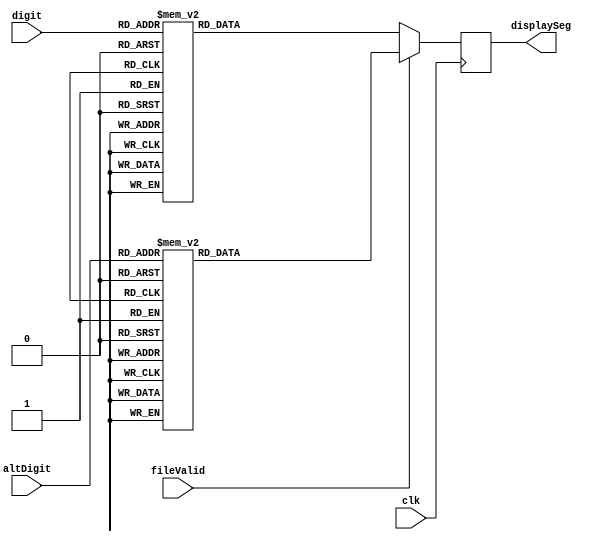
`timescale 1ns / 1ps
module segmentDisplay(input wire [2:0] digit, input [2:0] altDigit, input fileValid, input clk, output wire [7:0] displaySeg);

reg[7:0] sevenSegs;

always @(posedge clk) begin
if(fileValid) begin
	case(altDigit)
		4'h0: sevenSegs = 8'b11000000;
		 4'h1: sevenSegs = 8'b11111001;
		 4'h2: sevenSegs = 8'b10100100;
		 4'h3: sevenSegs = 8'b10110000;
		 4'h4: sevenSegs = 8'b10011001;
		 4'h5: sevenSegs = 8'b10010010;
		 4'h6: sevenSegs = 8'b10000010;
		 4'h7: sevenSegs = 8'b11111000;
		 default: begin
			$display("%b",altDigit);
			sevenSegs = 8'b11111111;
		 end
	endcase

end
else begin
	case(digit)
		4'h0: sevenSegs = 8'b11000000;
		 4'h1: sevenSegs = 8'b11111001;
		 4'h2: sevenSegs = 8'b10100100;
		 4'h3: sevenSegs = 8'b10110000;
		 4'h4: sevenSegs = 8'b10011001;
		 4'h5: sevenSegs = 8'b10010010;
		 4'h6: sevenSegs = 8'b10000010;
		 4'h7: sevenSegs = 8'b11111000;
		 default: sevenSegs = 8'b11111111;
	endcase
end
end
assign displaySeg = sevenSegs;
endmodule